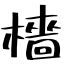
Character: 檣